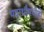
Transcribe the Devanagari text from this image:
पदार्थांमध्येही